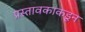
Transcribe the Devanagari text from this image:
प्रस्तावकाकडून